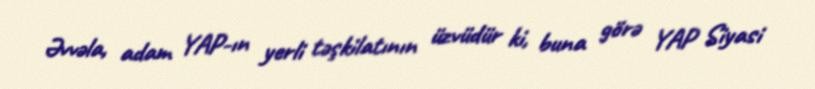
Əvvəla, adam YAP-ın yerli təşkilatının üzvüdür ki, buna görə YAP Siyasi